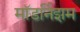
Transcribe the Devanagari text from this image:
मॉडर्निझम